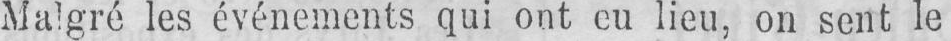
Malgré les événements qui ont eu lieu, on sent le